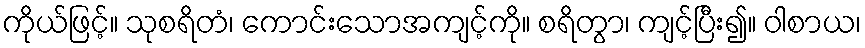
ကိုယ်ဖြင့်။ သုစရိတံ၊ ကောင်းသောအကျင့်ကို။ စရိတွာ၊ ကျင့်ပြီး၍။ ဝါစာယ၊